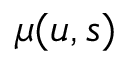
\textstyle \mu ( u , s )